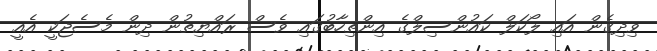
ވިދިގެން އައި ލޯކަލް ކައުންސިލްގެ އިންތިހާބުގައި ވެސް ރައްޔިތުން ދިން މެސެޖަކީ އެއީ